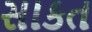
સાકત